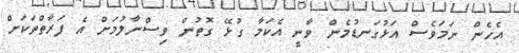
އެހެން ނަމަވެސް އަޅުގަނޑުމެން ވާނީ އެކަމާ ގުޅޭ ގޮތުން ވިސްނާލުމަށް އެ ފަރާތްތަކަށް